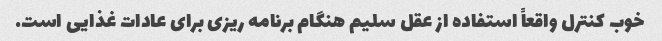
خوب کنترل واقعاً استفاده از عقل سلیم هنگام برنامه ریزی برای عادات غذایی است.